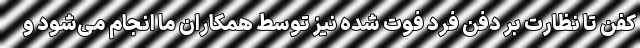
کفن تا نظارت بر دفن فرد فوت شده نیز توسط همکاران ما انجام می‌شود و